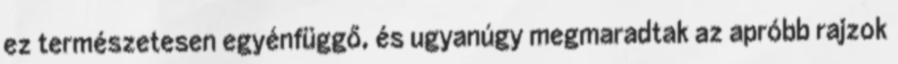
ez természetesen egyénfüggő, és ugyanúgy megmaradtak az apróbb rajzok